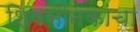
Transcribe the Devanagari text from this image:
शिवसैनिकांचा